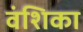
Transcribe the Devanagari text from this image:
वंशिका